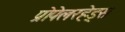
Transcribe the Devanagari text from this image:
प्रोपेलरहेड्स